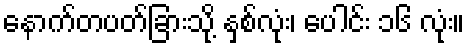
နောက်တပတ်ခြားသို့ နှစ်လုံး၊ ပေါင်း ၁၆ လုံး။